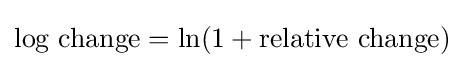
{\text{log change}}=\ln(1+{\text{relative change}})